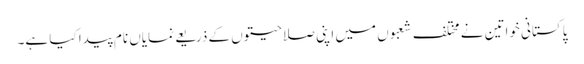
پاکستانی خواتین نے مختلف شعبوں میں اپنی صلاحیتوں کے ذریعے نمایاں نام پیدا کیا ہے۔